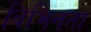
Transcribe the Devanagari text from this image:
विभिनता